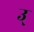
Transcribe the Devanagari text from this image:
उ्